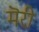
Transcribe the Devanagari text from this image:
मॆरी